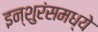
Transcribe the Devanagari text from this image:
इन्शुरंसमध्ये